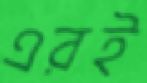
এরই